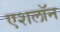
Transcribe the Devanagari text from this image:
एशलॉन